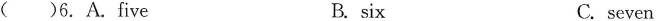
( )6.A.five B. six C. seven